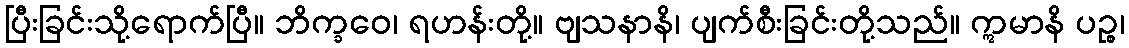
ပြီးခြင်းသို့ရောက်ပြီ။ ဘိက္ခဝေ၊ ရဟန်းတို့။ ဗျသနာနိ၊ ပျက်စီးခြင်းတို့သည်။ ဣမာနိ ပဉ္စ၊